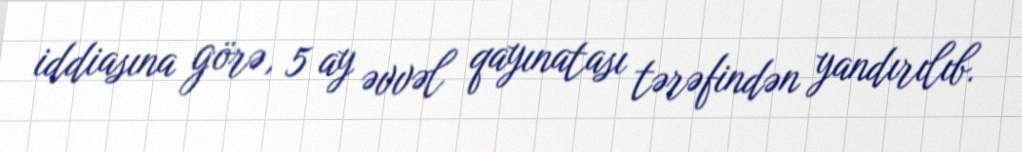
iddiasına görə, 5 ay əvvəl qayınatası tərəfindən yandırılıb.